Vaccination North-Western Provinces and Oudh 1878-1895 - 1878-1895
Year: 1878
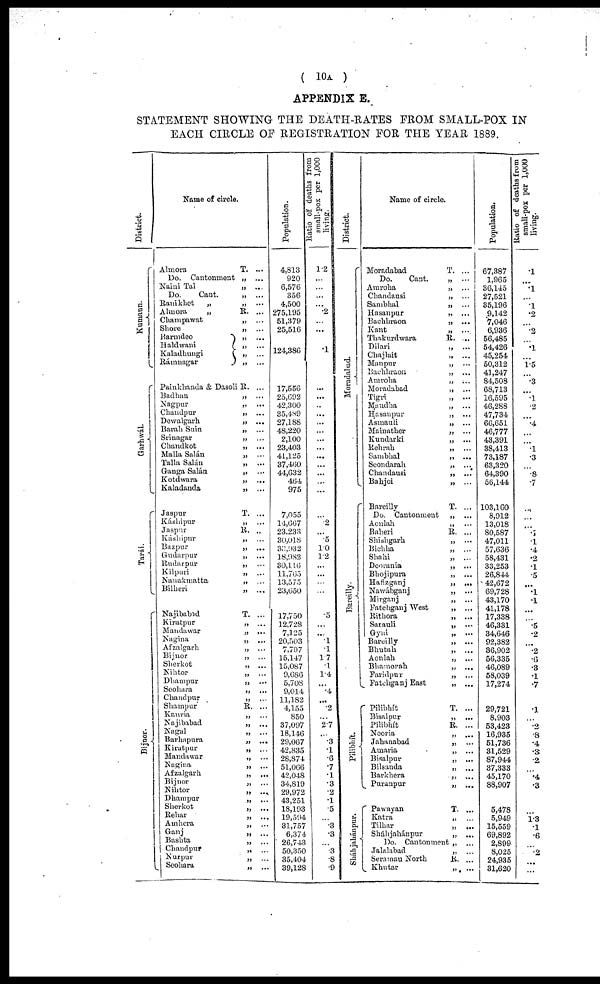
( 10A )
APPENDIX E.
STATEMENT SHOWING THE DEATH-RATES FROM SMALL-POX IN
EACH CIRCLE OF REGISTRATION FOR THE YEAR 1889.
District.
Kumaun.
Garhwál.
Tarái.
Bijnor.
Name of circle.
Almora
T. ...
Do. Cantonment „ ...
Naini Tal
„ ...
Do.
Cant.
„ ...
Ranikhet
„
„ ...
Almora
„
R. ...
Champawat
„ ...
Shore
„ ...
Barmdeo
„ ...
Haldwani „ ...
Kaladhungi
„ ...
Rámnagar „ ...
Painkhanda & Dasoli R. ...
Badhan
„ ...
Nagpur
„ ...
Chandpur
„ ...
Dewalgarh
„ ...
Barah Suin
„ ...
Srinagar
„ ...
Chandkot
„ ...
Malla Salán
„ ...
Talla Salán
„ ...
Ganga Salán
„
...
Kotdwara
„ ...
Kaladanda
„ ...
Jaspur
T. ...
Káshipur
„
...
Jaspur
R. ...
Káshipur
„ ...
Bazpur
„ ...
Gudarpur
„ ...
Rudarpur
„ ...
Kilpuri
„ ...
Nanakmatta
„ ...
Bilheri
„ ...
Najibabad
T. ...
Kìratpur
„ ...
Maudawar
„ ...
Nagina
„ ...
Afzalgarh
„ ...
Bijnor
„ ...
Sherkot
„ ...
Nihtor
„ ...
Dhampur
„ ...
Seohara
„ ...
Chandpur
„ ...
Shampur
R. ...
Kauria
„ ...
Najibabad
„ ...
Nagal
„ ...
Barhapura
„ ...
Kiratpur
„ ...
Mandawar
„ ...
Nagina
„ ...
Afzalgarh
„ ...
Bijnor
„ ...
Nihtor „ ...
Dhampur
„ ...
Sherkot
„ ...
Rehar „ ...
Amhera
„ ...
Ganj
„ ...
Bashta
„ ...
Chandpur
„ ...
Nurpur
„ ...
Seohara
„ ...
Population.
4,813
920
6,576
356
4,500
275,195
51,379
25,516
124,386
17,556
25,692
42,300
35,489
27,188
48,220
2,100
23,403
41,125
37,460
44,632
464
975
7,055
14,667
23,233
30,018
33,932
18,982
30,116
11,765
13,575
23,650
17,750
12,728
7,125
20,503
7,797
15,147
15,087
9,686
5,708
9,014
11,182
4,155
850
37,097
18,146
29,067
42,835
28,874
51,066
42,048
34,819
29,972
43,251
18,193
19,594
31,757
6,374
26,743
50,350
35,404
39,128
small-pox per 1,000
living.
1.2
...
...
...
...
.2
...
...
.1
...
...
..
...
...
...
...
...
...
...
...
...
...
...
.2
...
.5
1.0
1.2
...
...
...
...
.5
...
...
.1
.1
1.7
.1
1.4
...
.4
...
. 2
...
2.7
...
.3
.1
.6
.7
.1
.3
.2
.1
.5
...
.3
.3
...
.3
.8
.9
District.
Moradabad.
Bareilly.
Pilibhít.
Sháhjahánpur.
Name of circle.
Moradabad
T. ...
Do.
Cant.
„ ...
Amroha
„ ...
Chandausi
„ ...
Sambhal
„ ...
Hasanpur
„ ...
Bachhraon
„ ...
Kant
„ ...
Thakurdwara
R. ...
Dilari
„ ...
Chajlait
„ ...
Manpur
„ ...
Bachhraon
„ ...
Amroha
„ ...
Moradabad
„ ...
Tigri
„ ...
Maudha
„ ...
Hasanpur
„ ...
Asmauli
„ ...
Mainather
„ ...
Kundarki
„ ...
Rehrah
„ ...
Sambhal
„ ...
Seondarah
„ ...
Chandausi
„ ...
Bahjoi
„ ...
Bareilly
T. ...
Do. Cantonment
„ ...
Aonlah
„ ...
Baheri
R. ...
Shishgarh
„ ...
Bichha
„ ...
Shahi
„ ...
Deorania
„ ...
Bhojipura
„ ...
Hafizganj
„ ...
Nawábganj
„ ...
Mirganj
„ ...
Fatehganj West
„ ...
Rithora
„ ...
Sarauli
„ ...
Gyni
„ ...
Bareilly
„ ...
Bhutah
„ ...
Aonlah
„ ...
Bhamorah
„ ...
Faridpur
„ ...
Fatehganj East
„ ...
Pilibhít
T. ...
Bisalpur
„ ...
Pilibhít
R. ...
Nooria
„ ...
Jahanabad
„ ...
Amaria
„ ...
Bisalpur
„ ...
Bilsanda
„ ...
Barkhera
„ ...
Puranpur
„ ...
Pawayan
T. ...
Katra
„ ...
Tilhar
„ ...
Sháhjahánpur
„ ...
Do. Cantonment „ ...
Jalalabad
„ ...
Seramau North
R. ...
Khutar
„ ...
Population.
67,387
1,965
36,145
27,521
85,196
9,142
7,046
6,936
56,485
54,426
45,254
50,312
41,247
84,508
68,713
16,595
46,288
47,734
66,651
46,777
43,391
38,413
73,187
63,320
64,390
56,144
103,160
8,912
13,018
80,587
47,011
57,636
58,431
33,253
26,844
42,672
69,728
43,170
41,178
17,338
46,331
34,646
92,382
36,902
56,335
46,089
58,039
17,274
29,721
8,903
53,423
16,935
51,736
31,529
87,944
37,333
45,170
88,907
5,478
5,949
15,559
69,892
2,899
8,025
24,935
31,620
Ratio of deaths from
small-pox per 1,000
living.
.1
...
.1
...
.1
.2
...
.2
...
.1
...
1.5
...
.3
...
.1
.2
...
.4
...
...
.1
.3
...
.8
.7
...
...
...
.1
.1
.4
.2
.1
.5
...
.1
.1
...
...
.5
.2
...
.2
.6
.3
.1
.7
.1
...
.2
.8
.4
.3
.2
...
.4
.3
...
1.3
.1
.6
...
.2
...
...